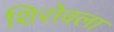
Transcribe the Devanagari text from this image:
शिरोवला